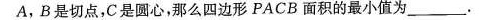
A，B是切点，C是圆心，那么四边形PACB面积的最小值为___.